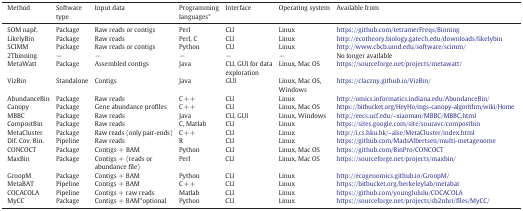
| Method | Software type | Input data | Programming languages* | Interface | Operating system | Available from |
 | --- | --- | --- | --- | --- | --- | --- |
 | SOM např. | Package | Raw reads or contigs | Perl | CLI | Linux | https://github.com/tetramerFreqs/Binning |
 | LikelyBin | Package | Raw reads | Perl, C | CLI | Linux | http://ecotheory.biology.gatech.edu/downloads/likelybin |
 | SCIMM | Package | Raw reads or contigs | Python | CLI | Linux | http://www.cbcb.umd.edu/software/scimm/ |
 | 2Tbinning | − | − | − | − | − | No longer available |
 | MetaWatt | Package | Assembled contigs | Java | CLI, GUI for data exploration | Linux, Mac OS | https://sourceforge.net/projects/metawatt/ |
 | VizBin | Standalone | Contigs | Java | GUI | Linux, Mac OS, Windows | https://claczny.github.io/VizBin/ |
 | AbundanceBin | Package | Raw reads | C ++ | CLI | Linux | http://omics.informatics.indiana.edu/AbundanceBin/ |
 | Canopy | Package | Gene abundance profiles | C ++ | CLI | Linux, Mac OS | https://bitbucket.org/HeyHo/mgs-canopy-algorithm/wiki/Home |
 | MBBC | Package | Raw reads | Java | CLI, GUI | Linux, Windows | http://eecs.ucf.edu/~xiaoman/MBBC/MBBC.html |
 | CompostBin | Package | Raw reads | C, Matlab | CLI | Linux | https://sites.google.com/site/souravc/compostbin |
 | MetaCluster | Package | Raw reads (only pair-ends) | C ++ | CLI | Linux | http://i.cs.hku.hk/~alse/MetaCluster/index.html |
 | Dif. Cov. Bin. | Pipeline | Raw reads | R | CLI | Linux | https://github.com/MadsAlbertsen/multi-metagenome |
 | CONCOCT | Package | Contigs + BAM | Python | CLI | Linux, Mac OS | https://github.com/BinPro/CONCOCT |
 | MaxBin | Package | Contigs + (reads or abundance file) | Perl | CLI | Linux, Mac OS | https://sourceforge.net/projects/maxbin/ |
 | GroopM | Package | Contigs + BAM | Python | CLI | Linux | http://ecogenomics.github.io/GroopM/ |
 | MetaBAT | Pipeline | Contigs + BAM | C ++ | CLI | Linux | https://bitbucket.org/berkeleylab/metabat |
 | COCACOLA | Pipeline | Contigs + raw reads | Matlab | CLI | Linux | https://github.com/younglululu/COCACOLA |
 | MyCC | Package | Contigs + BAM*optional | Python | CLI | Linux | https://sourceforge.net/projects/sb2nhri/files/MyCC/ |